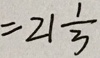
= 2 1 \frac { 1 } { 3 }